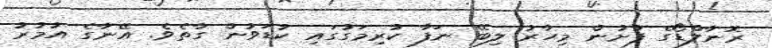
ރޮނާލްޑޯގެ ފުށުން މިހާރު ލިބޭ ނަފާ ކުރިމަގުގައި ކުޑަވުން ގާތެވެ. އޭނާގެ އުމުރު